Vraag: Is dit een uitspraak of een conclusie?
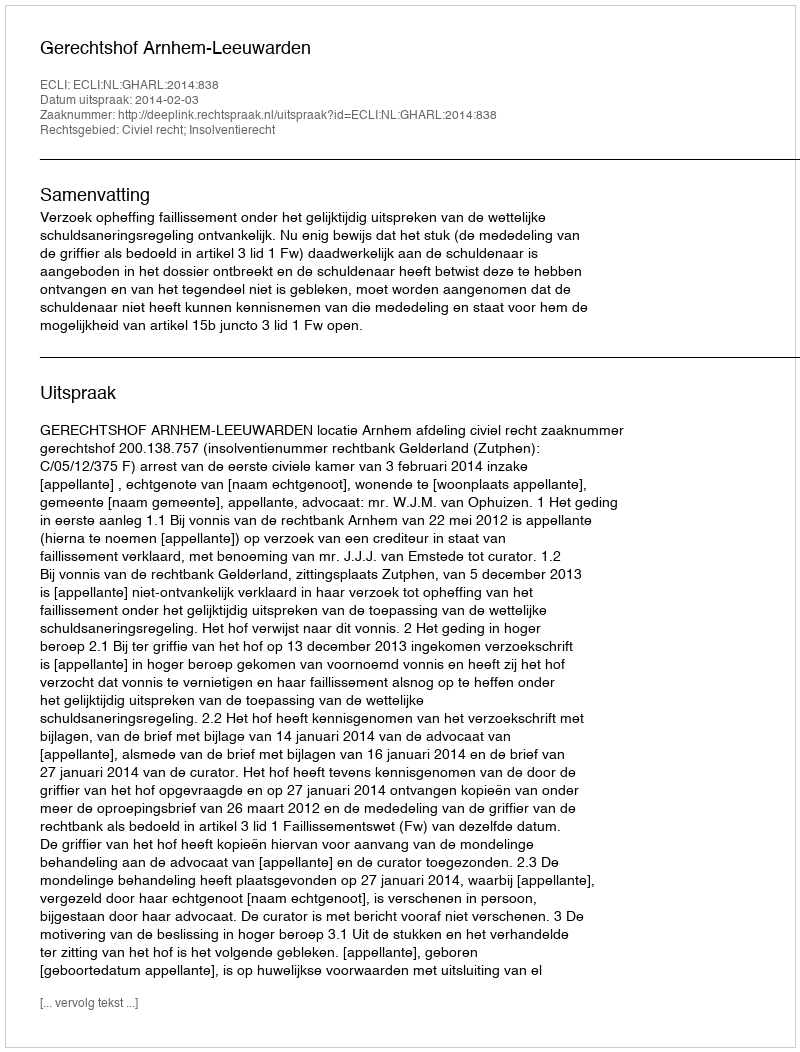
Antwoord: Uitspraak